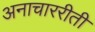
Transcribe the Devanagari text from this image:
अनाचाररीती